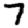
Digit: 7